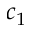
c _ { 1 }